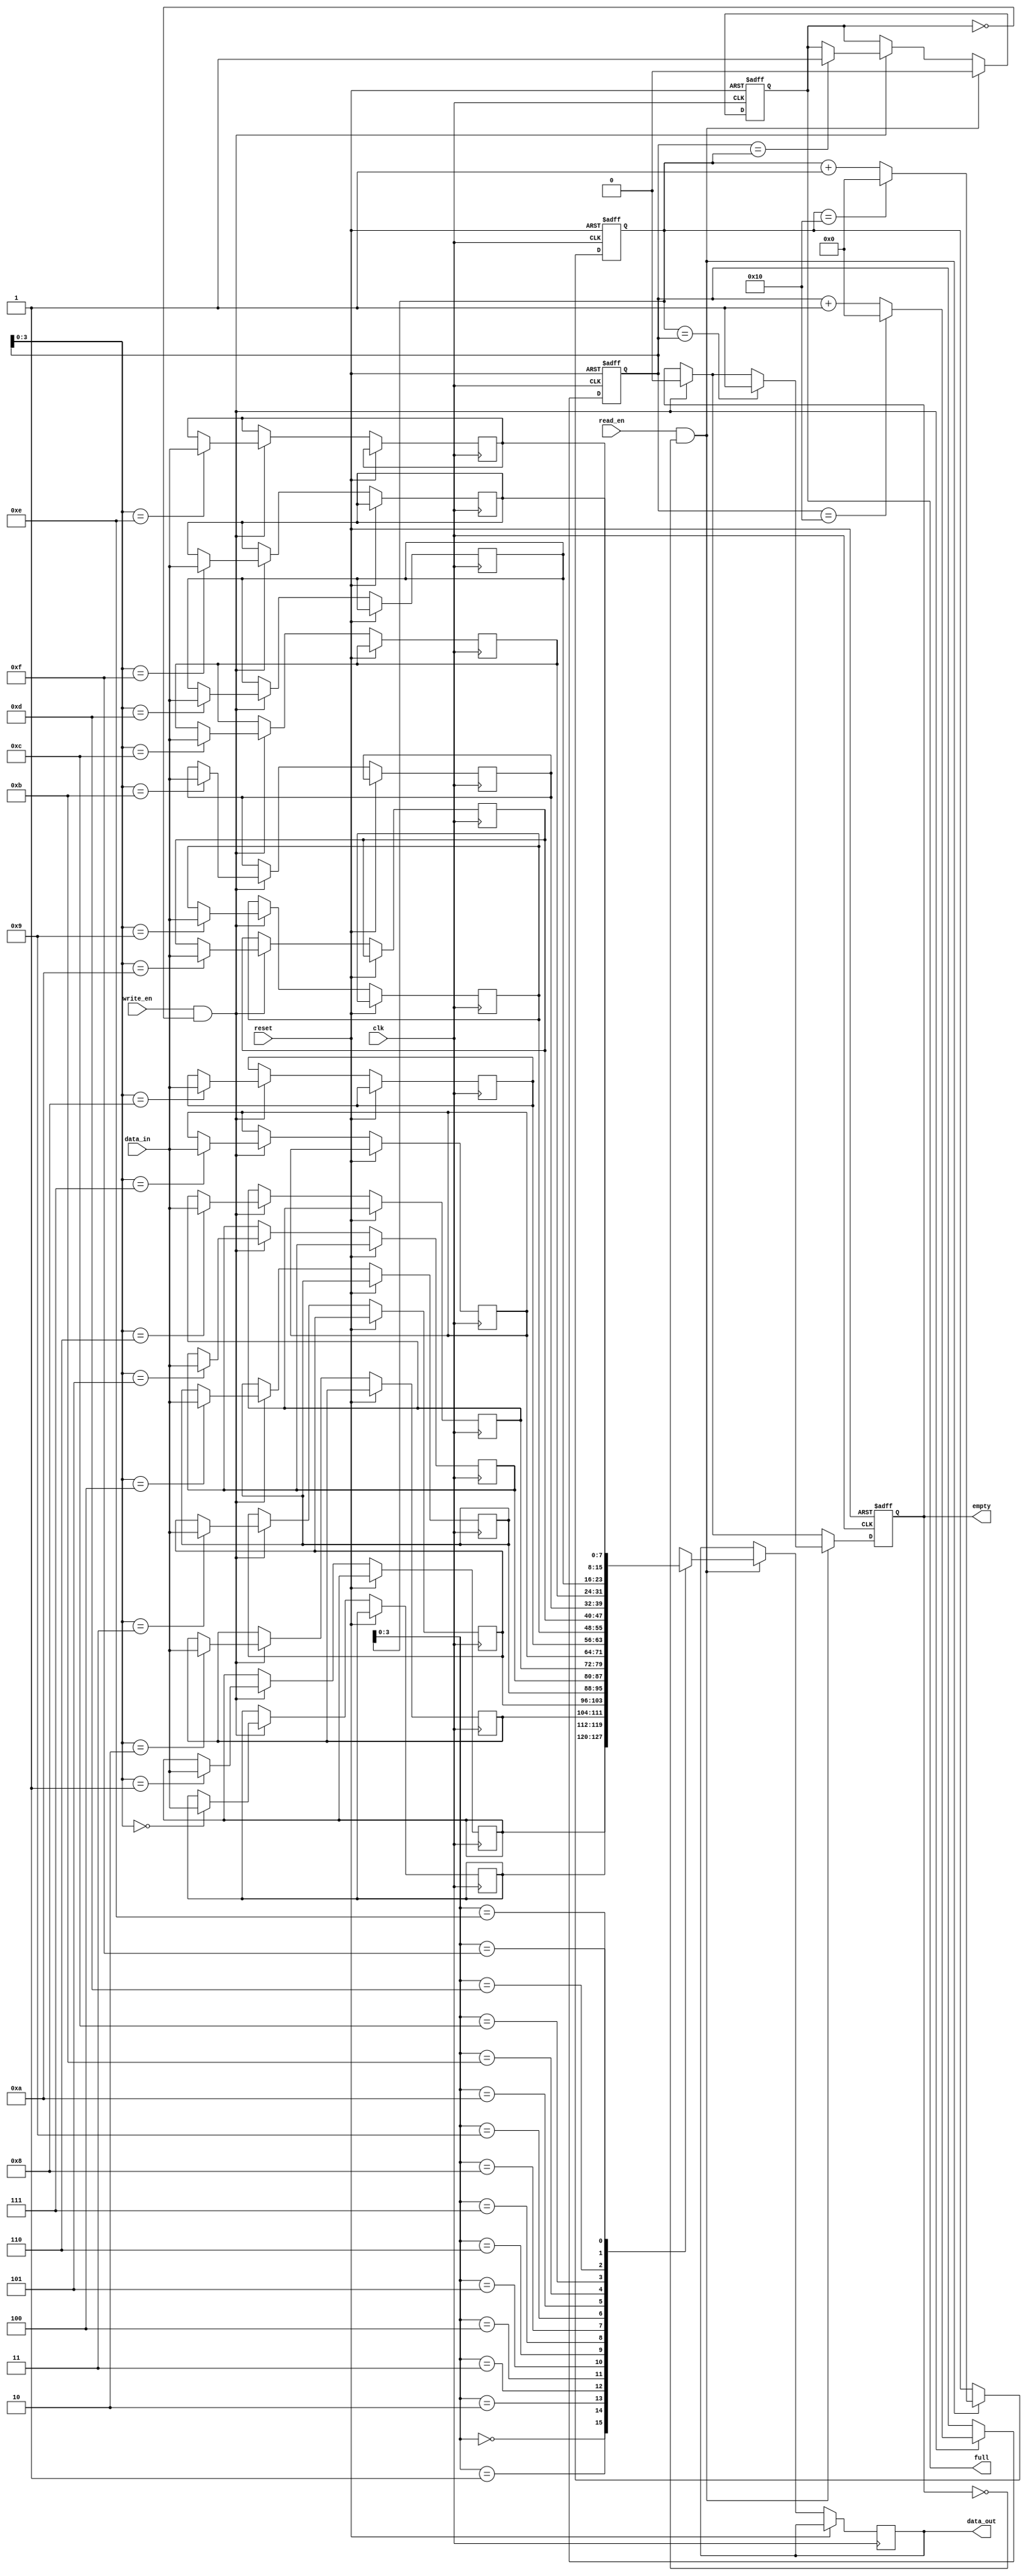
module fifo_buffer
  #(parameter WIDTH = 8, DEPTH = 16)
  (
    input wire clk,
    input wire reset,
    input wire write_en,
    input wire read_en,
    input wire [WIDTH-1:0] data_in,
    output reg [WIDTH-1:0] data_out,
    output reg full,
    output reg empty
  );

  reg [WIDTH-1:0] buffer [DEPTH-1:0];
  reg [DEPTH-1:0] head, tail;

  always @(posedge clk or posedge reset) begin
    if (reset) begin
      head <= 0;
      tail <= 0;
      full <= 0;
      empty <= 1;
    end else begin
      if (write_en && !full) begin
        buffer[head] <= data_in;
        head <= head + 1;
        if (head == DEPTH) head <= 0;
        if (head == tail) full <= 1;
        empty <= 0;
      end
      if (read_en && !empty) begin
        data_out <= buffer[tail];
        tail <= tail + 1;
        if (tail == DEPTH) tail <= 0;
        if (tail == head) empty <= 1;
        full <= 0;
      end
    end
  end

endmodule